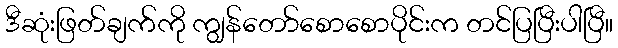
ဒီဆုံးဖြတ်ချက်ကို ကျွန်တော်စောစောပိုင်းက တင်ပြပြီးပါပြီ။